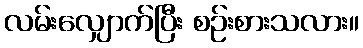
လမ်းလျှောက်ပြီး စဉ်းစားသလား။